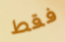
فقط